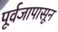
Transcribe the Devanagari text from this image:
पूर्वजापासून